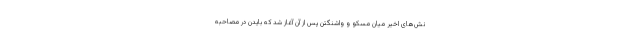
نش‌های اخیر میان مسکو و واشنگتن پس از آن آغاز شد که بایدن در مصاحبه